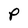
Character: P